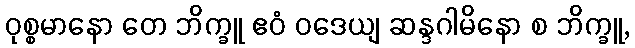
ဝုစ္စမာနော တေ ဘိက္ခူ ဧဝံ ဝဒေယျ ဆန္ဒဂါမိနော စ ဘိက္ခူ,